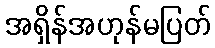
အရှိန်အဟုန်မပြတ်